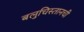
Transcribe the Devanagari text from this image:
बलुचिस्तानची